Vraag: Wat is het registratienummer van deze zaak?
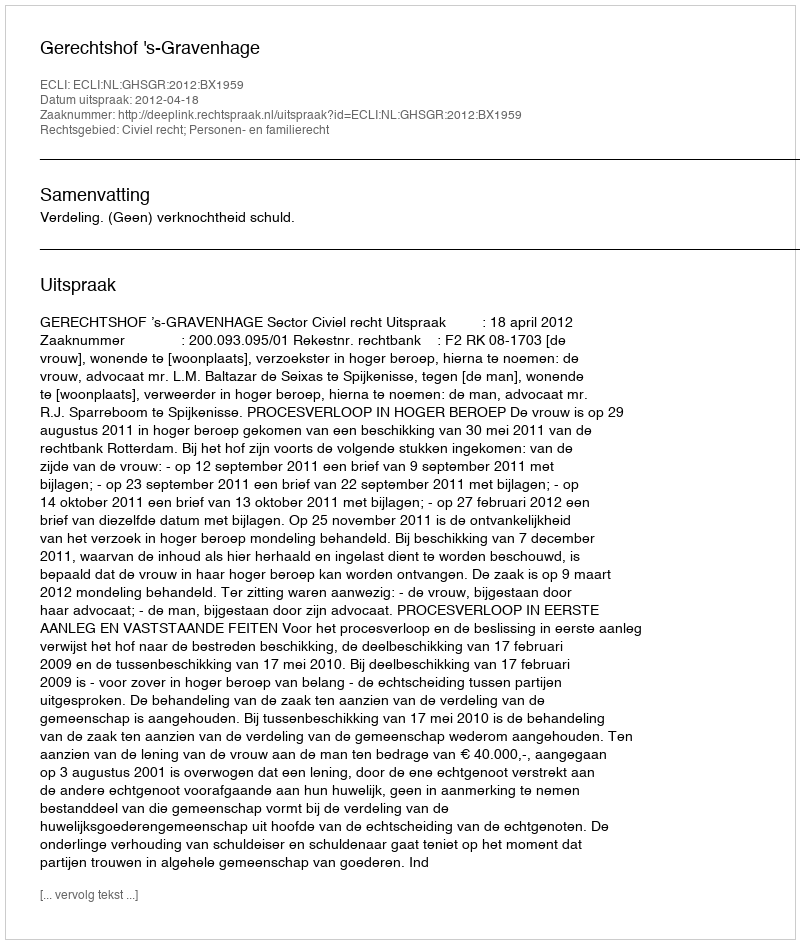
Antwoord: http://deeplink.rechtspraak.nl/uitspraak?id=ECLI:NL:GHSGR:2012:BX1959